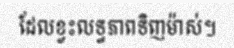
ដែលខ្វះលទ្ធភាពទិញម៉ាស់។